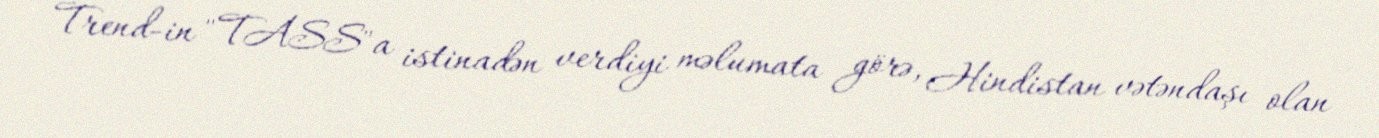
Trend-in "TASS"a istinadən verdiyi məlumata görə, Hindistan vətəndaşı olan